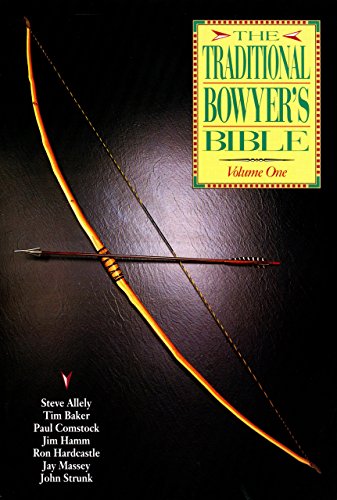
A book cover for The Traditional Bowyer's Bible, Volume 1; History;